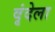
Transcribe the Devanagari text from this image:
वृंदेला